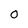
Character: 0